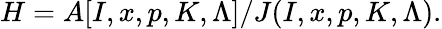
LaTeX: H=A[I,x,p,K,\Lambda]/J(I,x,p,K,\Lambda).